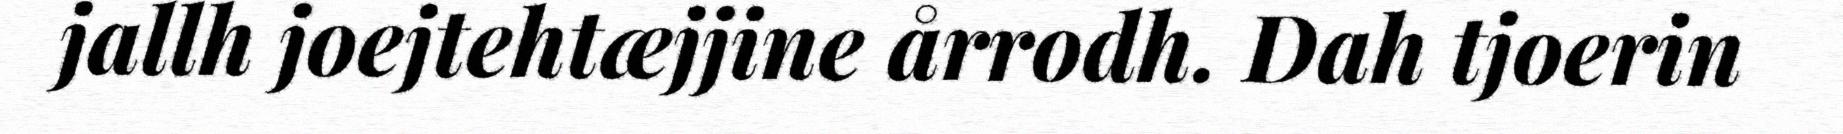
jallh joejtehtæjjine årrodh. Dah tjoerin